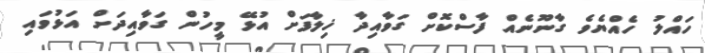
ހައްލު ހެއްޔެވެ ގާނޫނެއް ފާސްކޮށް ގަވާއިދާ ޚިލާފަށް އުޅޭ މީހުން ގަވާއިދަށް އަޅުވައި